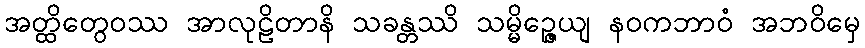
အတ္ထိတွေဝဿ အာလုဠိတာနိ သခန္တဿိ သမ္မိဉ္ဇေယျ နဝကဘာဝံ အဘဝိမှေ